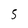
Character: 5